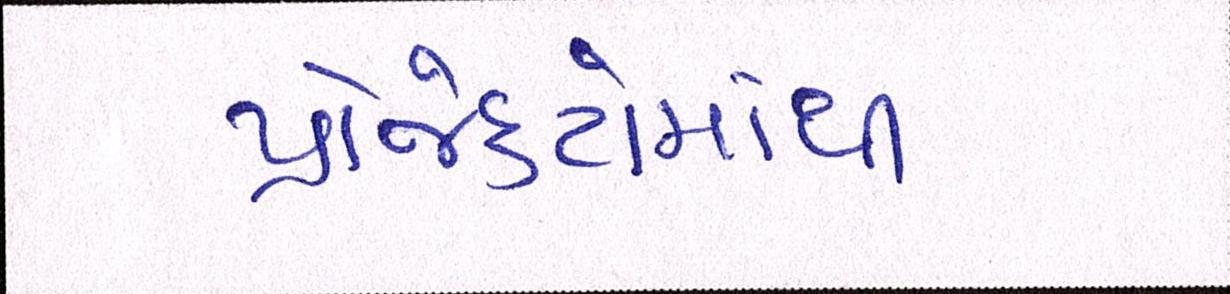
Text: પ્રોજેક્ટોમાંથી